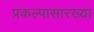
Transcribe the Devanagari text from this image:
प्रकल्पासारख्या